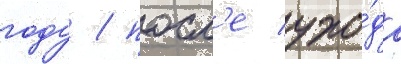
году / посл'е ухо́да